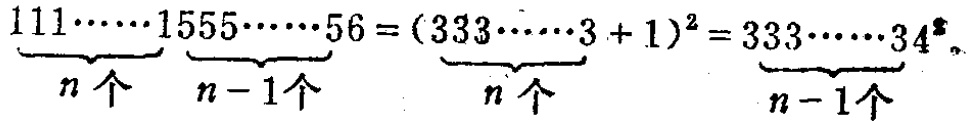
\(\underbrace{111\cdots\cdots1}_{n个}\underbrace{555\cdots\cdots5}_{n - 1个}6 = (\underbrace{333\cdots\cdots3}_{n个}+1)^2=\underbrace{333\cdots\cdots3}_{n - 1个}4^{2}\)